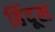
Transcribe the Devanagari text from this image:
हिंदूस